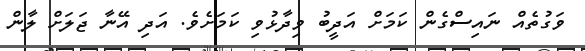
ވަގުތެއް ނައިސްގެން ކަމަށް އަދީބު ވިދާޅުވި ކަމަށެވެ. އަދި އޭނާ ޖަލަށް ލާން